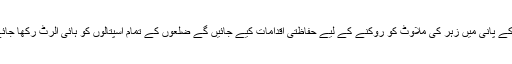
سبیل کے پانی میں زہر کی ملاوٹ کو روکنے کے لیے حفاظتی اقدامات کیے جائیں گے ضلعوں کے تمام اسپتالوں کو ہائی الرٹ رکھا جائے گا ۔